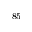
^ { 8 5 }